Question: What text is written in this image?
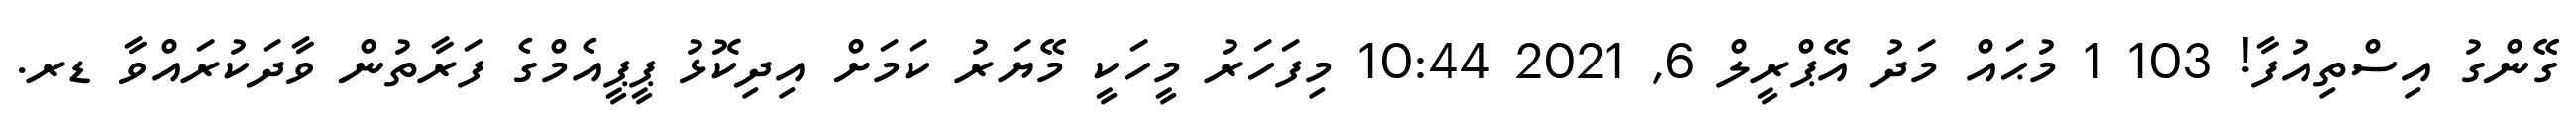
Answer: ގޭންގު އިސްތިއުފާ! 103 1 މުޙައް މަދު އޭޕްރީލް 6, 2021 10:44 މިފަހަރު މީހަކީ މޭޔަރު ކަމަށް އިދިކޮޅު ޕީޕީއެމްގެ ފަރާތުން ވާދަކުރައްވާ ޑރ.